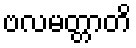
ဗလမတ္တာတိ